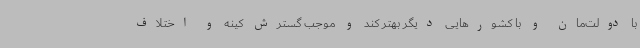
با دولت‌مان و با کشورهایی دیگر بهتر کند و موجب گسترش کینه و اختلاف